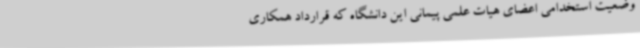
وضعیت استخدامی اعضای هیات علمی پیمانی این دانشگاه که قرارداد همکاری